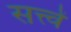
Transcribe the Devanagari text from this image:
सत्त्वें